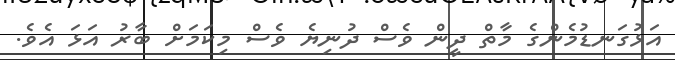
އަޅުގަނޑުމެންގެ މާތް ދީން ވެސް ދުނިޔެ ވެސް މިކަމަށް ބާރު އަޅަ އެވެ.